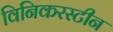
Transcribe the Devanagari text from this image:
विनिकरस्टीन